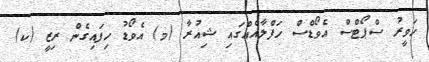
ހަވީރު ސްޕޯޓްސް އެވޯޑްސް ހަފްލާއެއްގައި ޝިއުރާ (މ) އެވޯޑު ހިފައިގެން ރިޒީ (ކ)